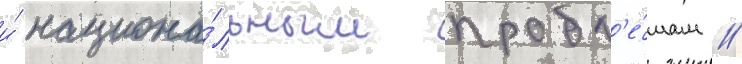
и́ национа́льным пробл'е́мам //